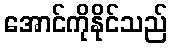
အောင်ကိုနိုင်သည်